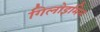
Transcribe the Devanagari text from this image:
गिलोइमिन